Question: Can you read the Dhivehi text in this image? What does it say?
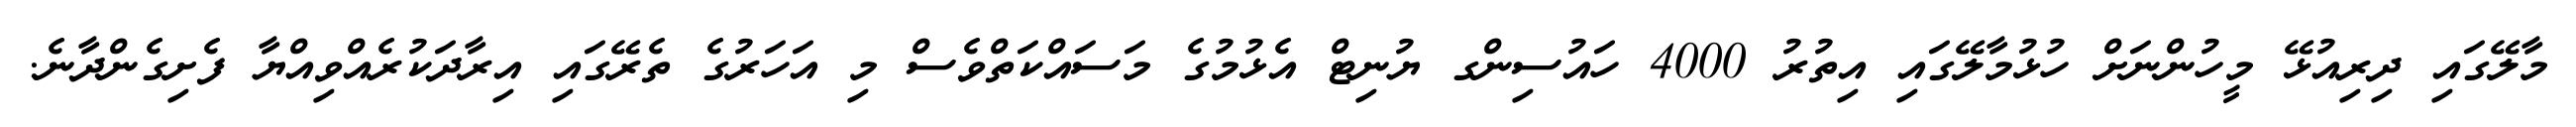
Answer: މާލޭގައި ދިރިއުޅޭ މީހުންނަށް ހުޅުމާލޭގައި އިތުރު 4000 ހައުސިންގ ޔުނިޓް އެޅުމުގެ މަސައްކަތްވެސް މި އަހަރުގެ ތެރޭގައި އިރާދަކުރެއްވިއްޔާ ފެށިގެންދާނެ.